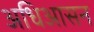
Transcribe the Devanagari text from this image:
अधिआसन